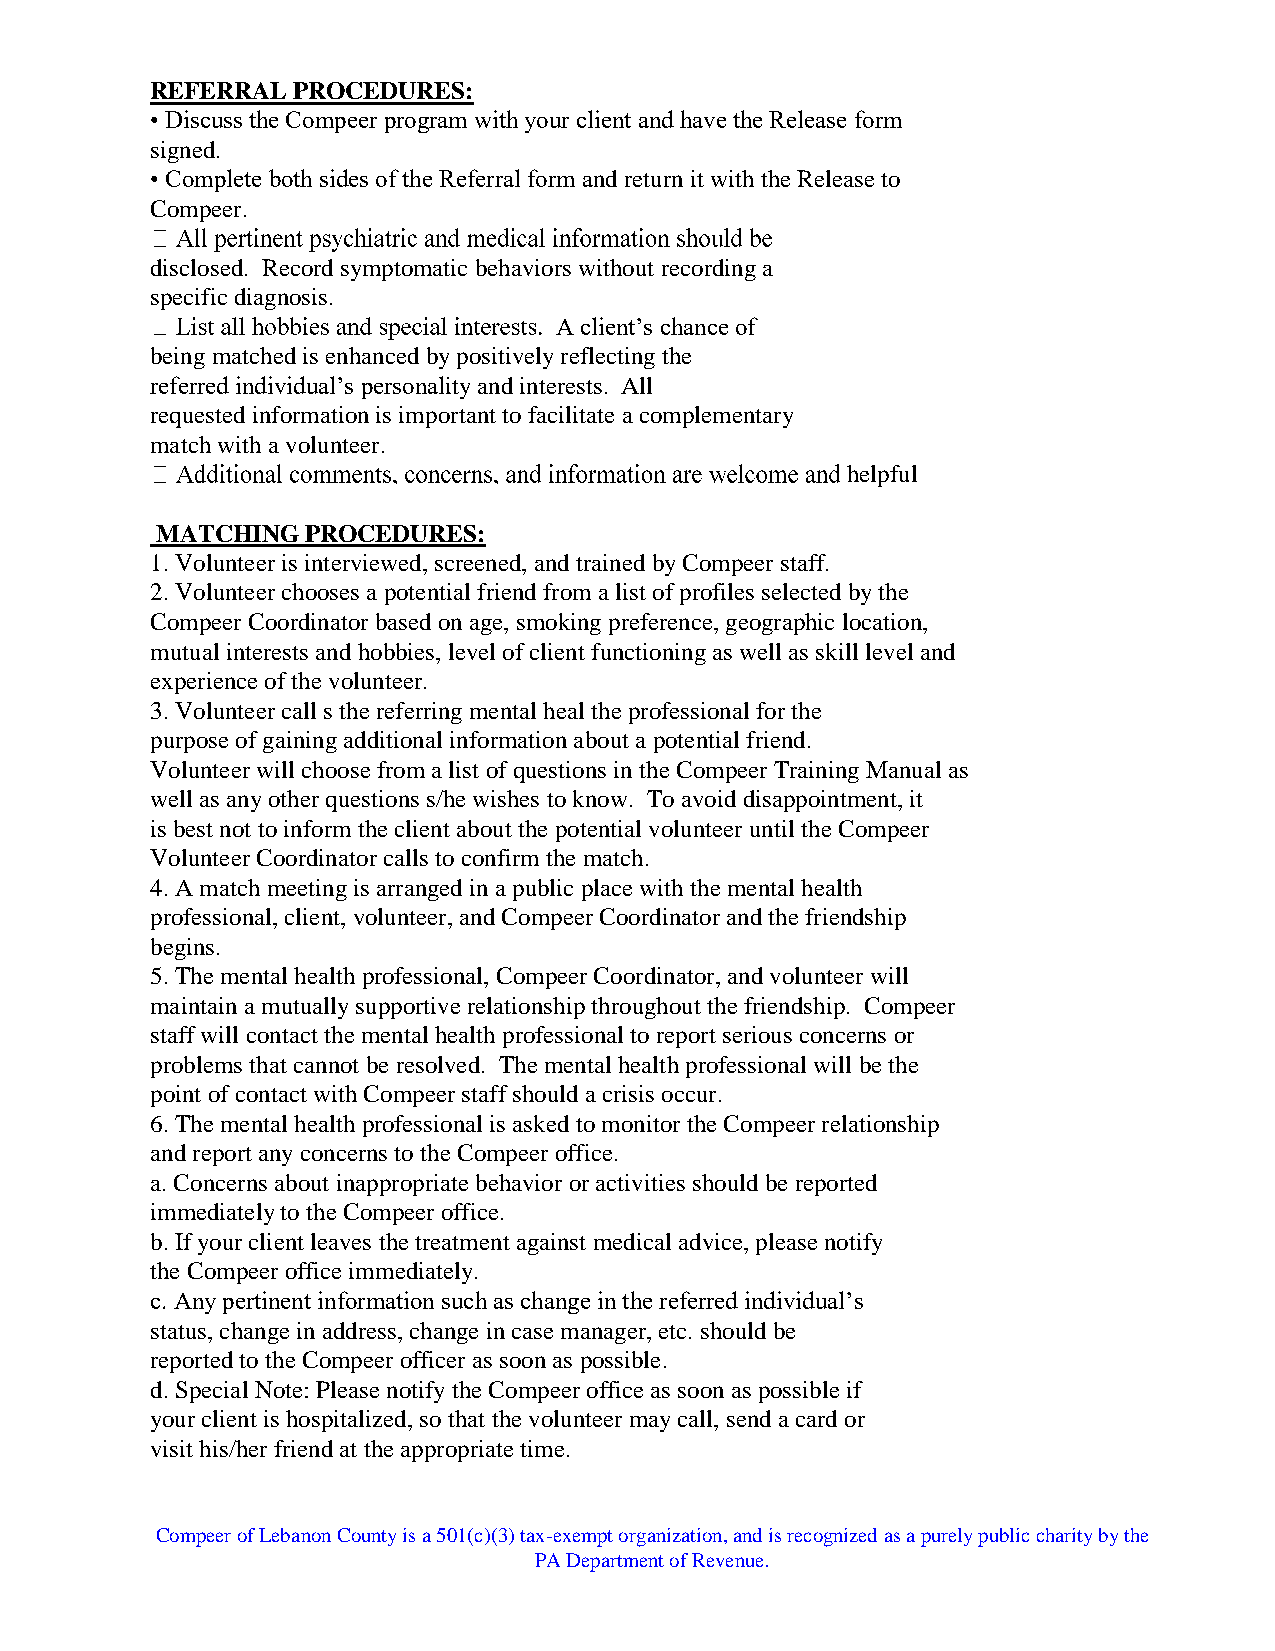
REFERRAL PROCEDURES:
 • Discuss the Compeer program with your client and have the Release form
 signed.
 • Complete both sides of the Referral form and return it with the Release to
 Compeer.
 disclosed. Record symptomatic behaviors without recording a
 specific diagnosis.
 A client’s chance of
 being matched is enhanced by positively reflecting the
 referred individual’s personality and interests. All
 requested information is important to facilitate a complementary
 match with a volunteer.
 helpful
 MATCHING  PROCEDURES:
 1. Volunteer is interviewed, screened, and trained by Compeer staff.
 2. Volunteer chooses a potential friend from a list of profiles selected by the
 Compeer Coordinator based on age, smoking preference, geographic location,
 mutual interests and hobbies, level of client functioning as well as skill level and
 experience of the volunteer.
 3. Volunteer call s the referring mental heal the professional for the
 purpose of gaining additional information about a potential friend.
 Volunteer will choose from a list of questions in the Compeer Training Manual as
 well as any other questions s/he wishes to know. To avoid disappointment, it
 is best not to inform the client about the potential volunteer until the Compeer
 Volunteer Coordinator calls to confirm the match.
 4. A match meeting is arranged in a public place with the mental health
 professional, client, volunteer, and Compeer Coordinator and the friendship
 begins.
 5. The mental health professional, Compeer Coordinator, and volunteer will
 maintain a mutually supportive relationship throughout the friendship. Compeer
 staff will contact the mental health professional to report serious concerns or
 problems that cannot be resolved. The mental health professional will be the
 point of contact with Compeer staff should a crisis occur.
 6. The mental health professional is asked to monitor the Compeer relationship
 and report any concerns to the Compeer office.
 a. Concerns about inappropriate behavior or activities should be reported
 immediately to the Compeer office.
 b. If your client leaves the treatment against medical advice, please notify
 the Compeer office immediately.
 c. Any pertinent information such as change in the referred individual’s
 status, change in address, change in case manager, etc. should be
 reported to the Compeer officer as soon as possible.
 d. Special Note: Please notify the Compeer office as soon as possible if
 your client is hospitalized, so that the volunteer may call, send a card or
 visit his/her friend at the appropriate time.
 Compeer of Lebanon County is a 501(c)(3) tax-exempt organization, and is recognized as a purely public charity by the
 PA Department of Revenue.